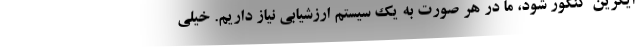
ایگزین کنکور شود، ما در هر صورت به یک سیستم ارزشیابی نیاز داریم. خیلی